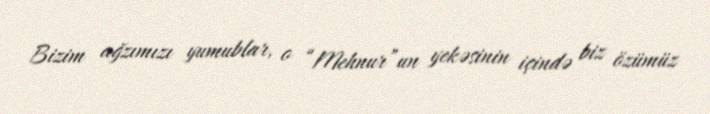
Bizim ağzımızı yumublar, o “Mehnur”un yekəsinin içində biz özümüz